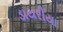
ડાયરીયા